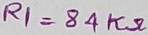
Text: R1=84KΩ